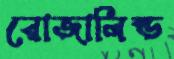
রোজালিন্ড